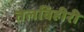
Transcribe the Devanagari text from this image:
तेलविहीरी